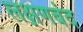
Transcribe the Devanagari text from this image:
लक्षणबंद